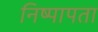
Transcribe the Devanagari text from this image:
निष्पापता